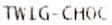
TWIG-CHOC